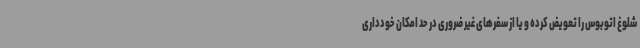
شلوغ اتوبوس را تعویض کرده و یا از سفرهای غیر ضروری در حد امکان خودداری